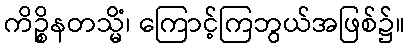
ကိဉ္စိနတသ္မိံ၊ ကြောင့်ကြဘွယ်အဖြစ်၌။